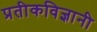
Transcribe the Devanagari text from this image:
प्रतीकविज्ञानी